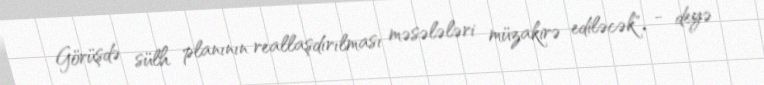
Görüşdə sülh planının reallaşdırılması məsələləri müzakirə ediləcək", - deyə